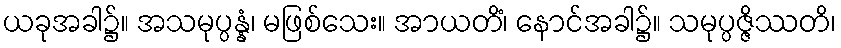
ယခုအခါ၌။ အသမုပ္ပန္နံ၊ မဖြစ်သေး။ အာယတိံ၊ နောင်အခါ၌။ သမုပ္ပဇ္ဇိဿတိ၊